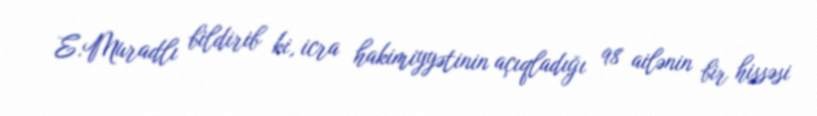
E.Muradlı bildirib ki, icra hakimiyyətinin açıqladığı 98 ailənin bir hissəsi